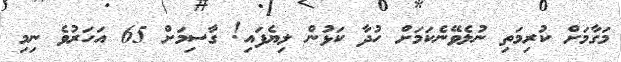
މަގާމަށް ކުރިމަތި ނުލެވޭނެކަމަށް ހުދާ ކަޅުން ލިޔެފައި! ގާސިމަށް 65 އަހަރުވެ ނިމި